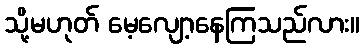
သို့မဟုတ် မေ့လျော့နေကြသည်လား။